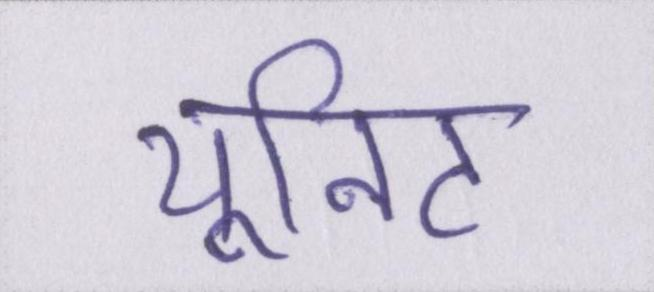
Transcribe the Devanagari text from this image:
यूनिट